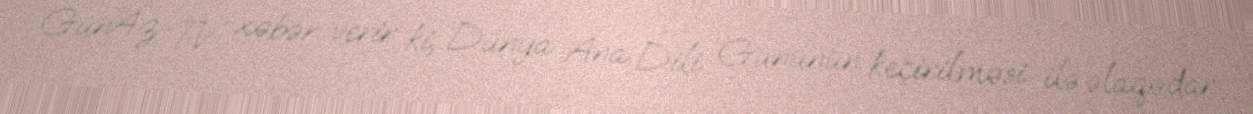
GünAz TV xəbər verir ki, Dünya Ana Dili Gününün keçirilməsi ilə əlaqədar